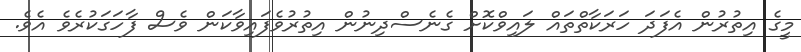
މީގެ އިތުރުން އެފަދަ ހަރަކާތްތައް ލައިވްކޮށް ގެނެސްދިނުން އިތުރުވެފައިވާކަން ވެސް ފާހަގަކުރެވެ އެވެ.